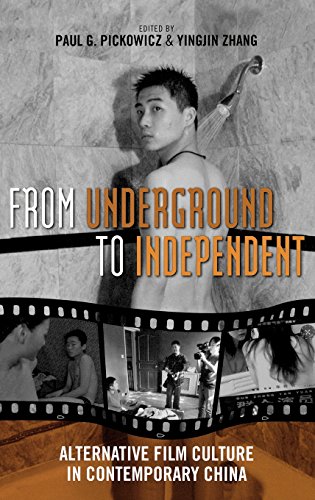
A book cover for From Underground to Independent: Alternative Film Culture in Contemporary China (Asia/Pacific/Perspectives); Humor & Entertainment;